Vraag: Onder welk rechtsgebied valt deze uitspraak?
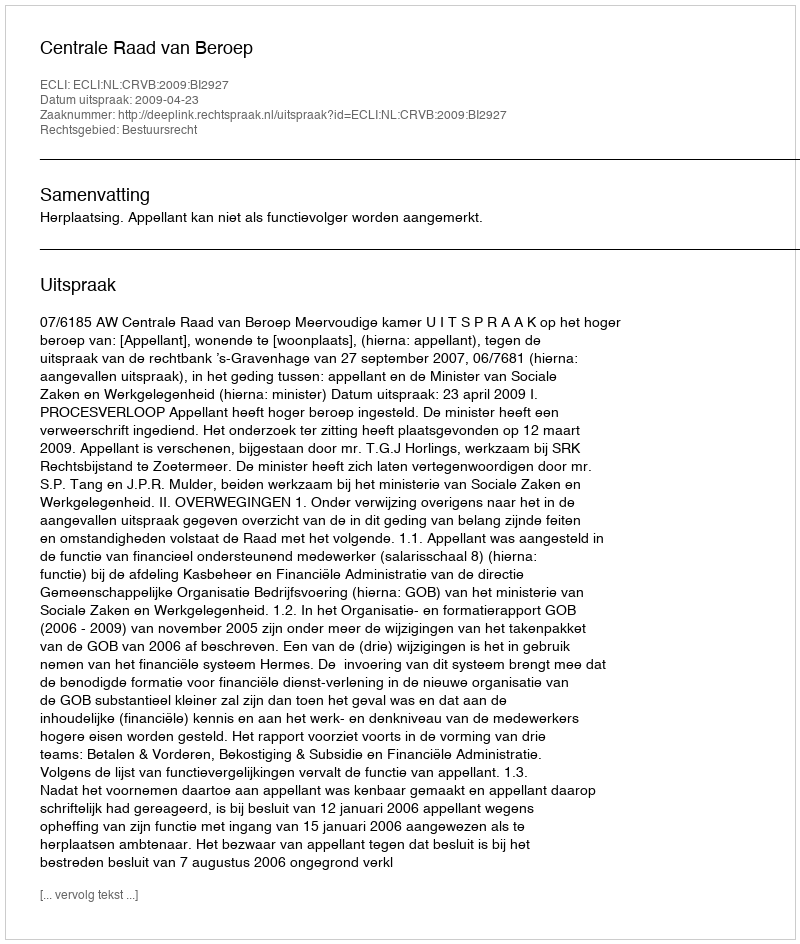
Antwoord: Bestuursrecht